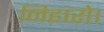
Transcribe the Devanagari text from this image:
निहारो।